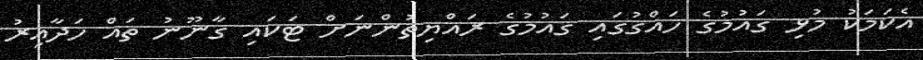
އެކަމަކު މުޅި ގައުމުގެ ހައްގުގައި ގައުމުގެ ރައްޔިތުންނަށް ޓަކައި ގާނޫނު ތައް ހަދާއިރު